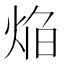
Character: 焔